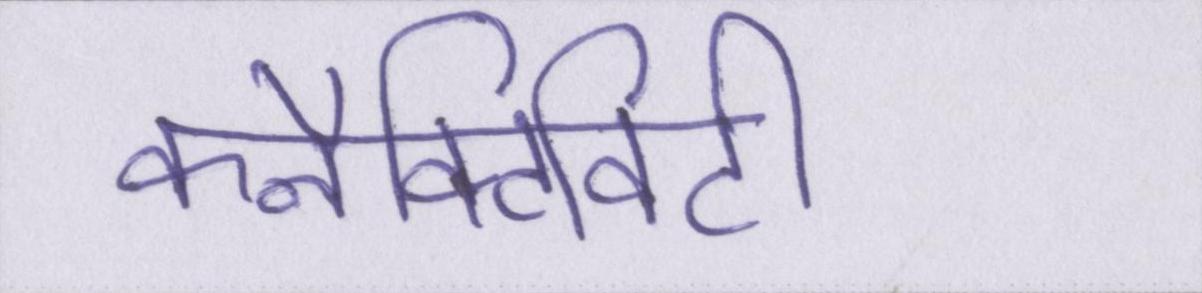
कनैक्टिविटी